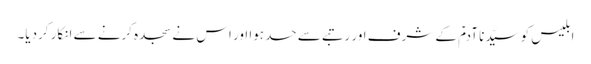
ابلیس کو سیّدنا آدمؑ کے شرف اور رتبے سے حسد ہوا اور اس نے سجدہ کرنے سے انکار کردیا۔